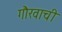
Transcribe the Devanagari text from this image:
गौरवाची